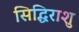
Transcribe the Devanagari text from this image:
सिद्धिराशु